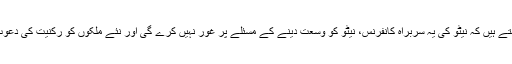
لیکن ماہرین کہتے ہیں کہ نیٹو کی یہ سربراہ کانفرنس، نیٹو کو وسعت دینے کے مسئلے پر غور نہیں کرے گی اور نئے ملکوں کو رکنیت کی دعوت نہیں دے گی۔